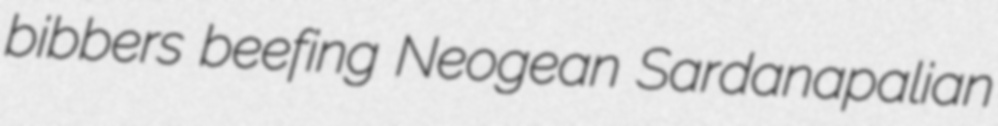
bibbers beefing Neogean Sardanapalian